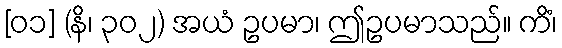
[၀၁] (နိ၊ ၃၀၂) အယံ ဥပမာ၊ ဤဥပမာသည်။ ကိံ၊